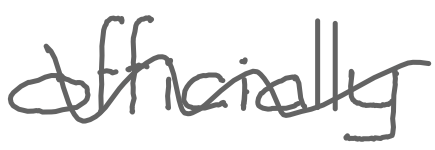
Text: officially
Cross-out: wave
Writing tool: digital_gray